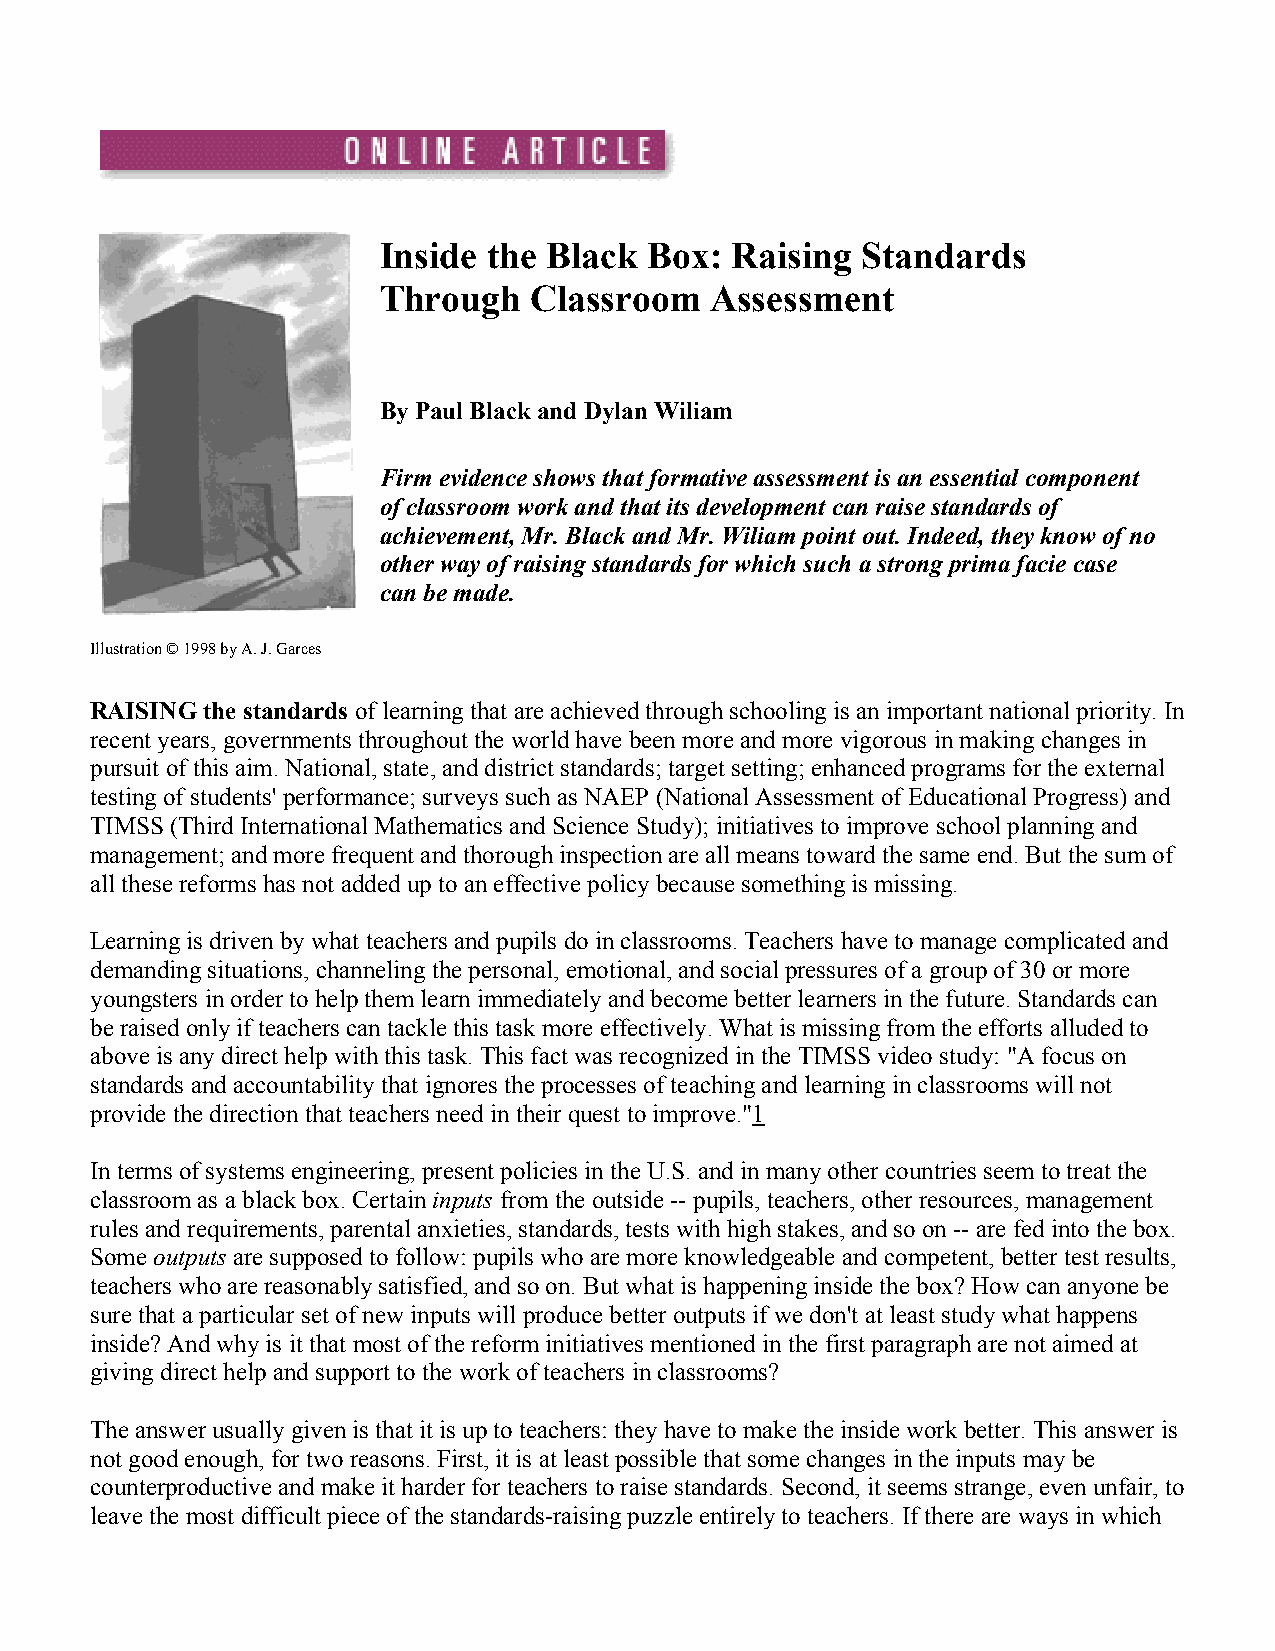
Inside the Black  Box: Raising  Standards
 Through   Classroom   Assessment
 By Paul Black and Dylan Wiliam
 Firm evidence shows that formative assessment is an essential component
 of classroom work and that its development can raise standards of
 achievement, Mr. Black and Mr. Wiliam point out. Indeed, they know of no
 other way of raising standards for which such a strong prima facie case
 can be made.
 Illustration © 1998 by A. J. Garces
 RAISING the standards of learning that are achieved through schooling is an important national priority. In
 recent years, governments throughout the world have been more and more vigorous in making changes in
 pursuit of this aim. National, state, and district standards; target setting; enhanced programs for the external
 testing of students' performance; surveys such as NAEP (National Assessment of Educational Progress) and
 TIMSS (Third International Mathematics and Science Study); initiatives to improve school planning and
 management; and more frequent and thorough inspection are all means toward the same end. But the sum of
 all these reforms has not added up to an effective policy because something is missing.
 Learning is driven by what teachers and pupils do in classrooms. Teachers have to manage complicated and
 demanding situations, channeling the personal, emotional, and social pressures of a group of 30 or more
 youngsters in order to help them learn immediately and become better learners in the future. Standards can
 be raised only if teachers can tackle this task more effectively. What is missing from the efforts alluded to
 above is any direct help with this task. This fact was recognized in the TIMSS video study: "A focus on
 standards and accountability that ignores the processes of teaching and learning in classrooms will not
 provide the direction that teachers need in their quest to improve."1
 In terms of systems engineering, present policies in the U.S. and in many other countries seem to treat the
 classroom as a black box. Certain inputs from the outside -- pupils, teachers, other resources, management
 rules and requirements, parental anxieties, standards, tests with high stakes, and so on -- are fed into the box.
 Some outputs are supposed to follow: pupils who are more knowledgeable and competent, better test results,
 teachers who are reasonably satisfied, and so on. But what is happening inside the box? How can anyone be
 sure that a particular set of new inputs will produce better outputs if we don't at least study what happens
 inside? And why is it that most of the reform initiatives mentioned in the first paragraph are not aimed at
 giving direct help and support to the work of teachers in classrooms?
 The answer usually given is that it is up to teachers: they have to make the inside work better. This answer is
 not good enough, for two reasons. First, it is at least possible that some changes in the inputs may be
 counterproductive and make it harder for teachers to raise standards. Second, it seems strange, even unfair, to
 leave the most difficult piece of the standards-raising puzzle entirely to teachers. If there are ways in which